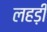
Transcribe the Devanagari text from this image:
लहड़ी